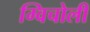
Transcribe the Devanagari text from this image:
ग्विचोली